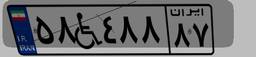
۵۸W۴۸۸۸۷